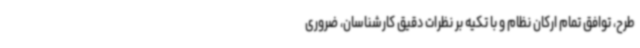
طرح، توافق تمام ارکان نظام و با تکیه بر نظرات دقیق کارشناسان، ضروری